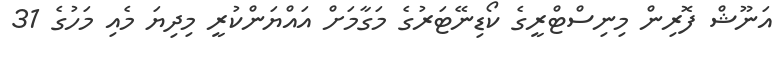
އަނޫޝް ފޮރިން މިނިސްޓްރީގެ ކޯޑިނޭޓަރުގެ މަގާމަށް އައްޔަންކުރީ މިދިޔަ މެއި މަހުގެ 31